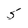
Character: 5